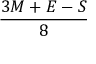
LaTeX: \frac { 3 M + E - S } { 8 }